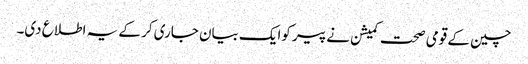
چین کے قومی صحت کمیشن نے پیر کوایک بیان جاری کر کے یہ اطلاع دی۔